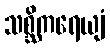
သစ္ဆိကရေယျံ